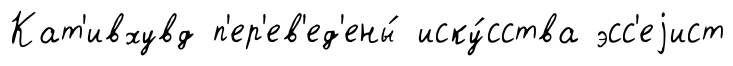
Кат'ивхувд п'ер'ев'ед'ены́ иску́сства эсс'еjист